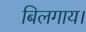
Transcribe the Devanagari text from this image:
बिलगाय।